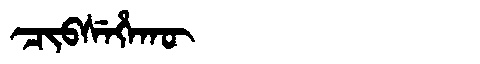
Manchu: ᠴᡳᠪᠰᡝᡥᠠᡴᡡ
Romanization: CIBSEHAKŪ